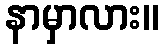
နာမှာလား။